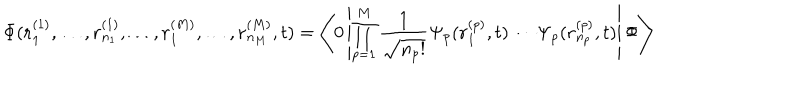
\Phi ( { \bf r } _ { 1 } ^ { ( 1 ) } , \ldots , { \bf r } _ { n _ { 1 } } ^ { ( 1 ) } , \ldots , { \bf r } _ { 1 } ^ { ( M ) } , \ldots , { \bf r } _ { n _ { M } } ^ { ( M ) } , t ) = \left\langle 0 \left| \prod _ { p = 1 } ^ { M } \frac { 1 } { \sqrt { n _ { p } ! } } \Psi _ { p } ( { \bf r } _ { 1 } ^ { ( p ) } , t ) \cdots \Psi _ { p } ( { \bf r } _ { n _ { p } } ^ { ( p ) } , t ) \right| \Phi \right\rangle